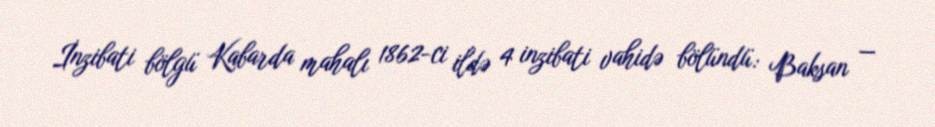
İnzibati bölgü Kabarda mahalı 1862-ci ildə 4 inzibati vahidə bölündü: Baksan —